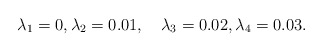
\begin{align*}\lambda_1 = 0, \lambda_2=0.01,\quad\lambda_3=0.02, \lambda_4=0.03.\end{align*}